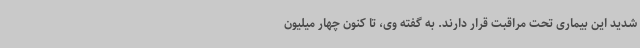
شدید این بیماری تحت مراقبت قرار دارند. به گفته وی، تا کنون چهار میلیون